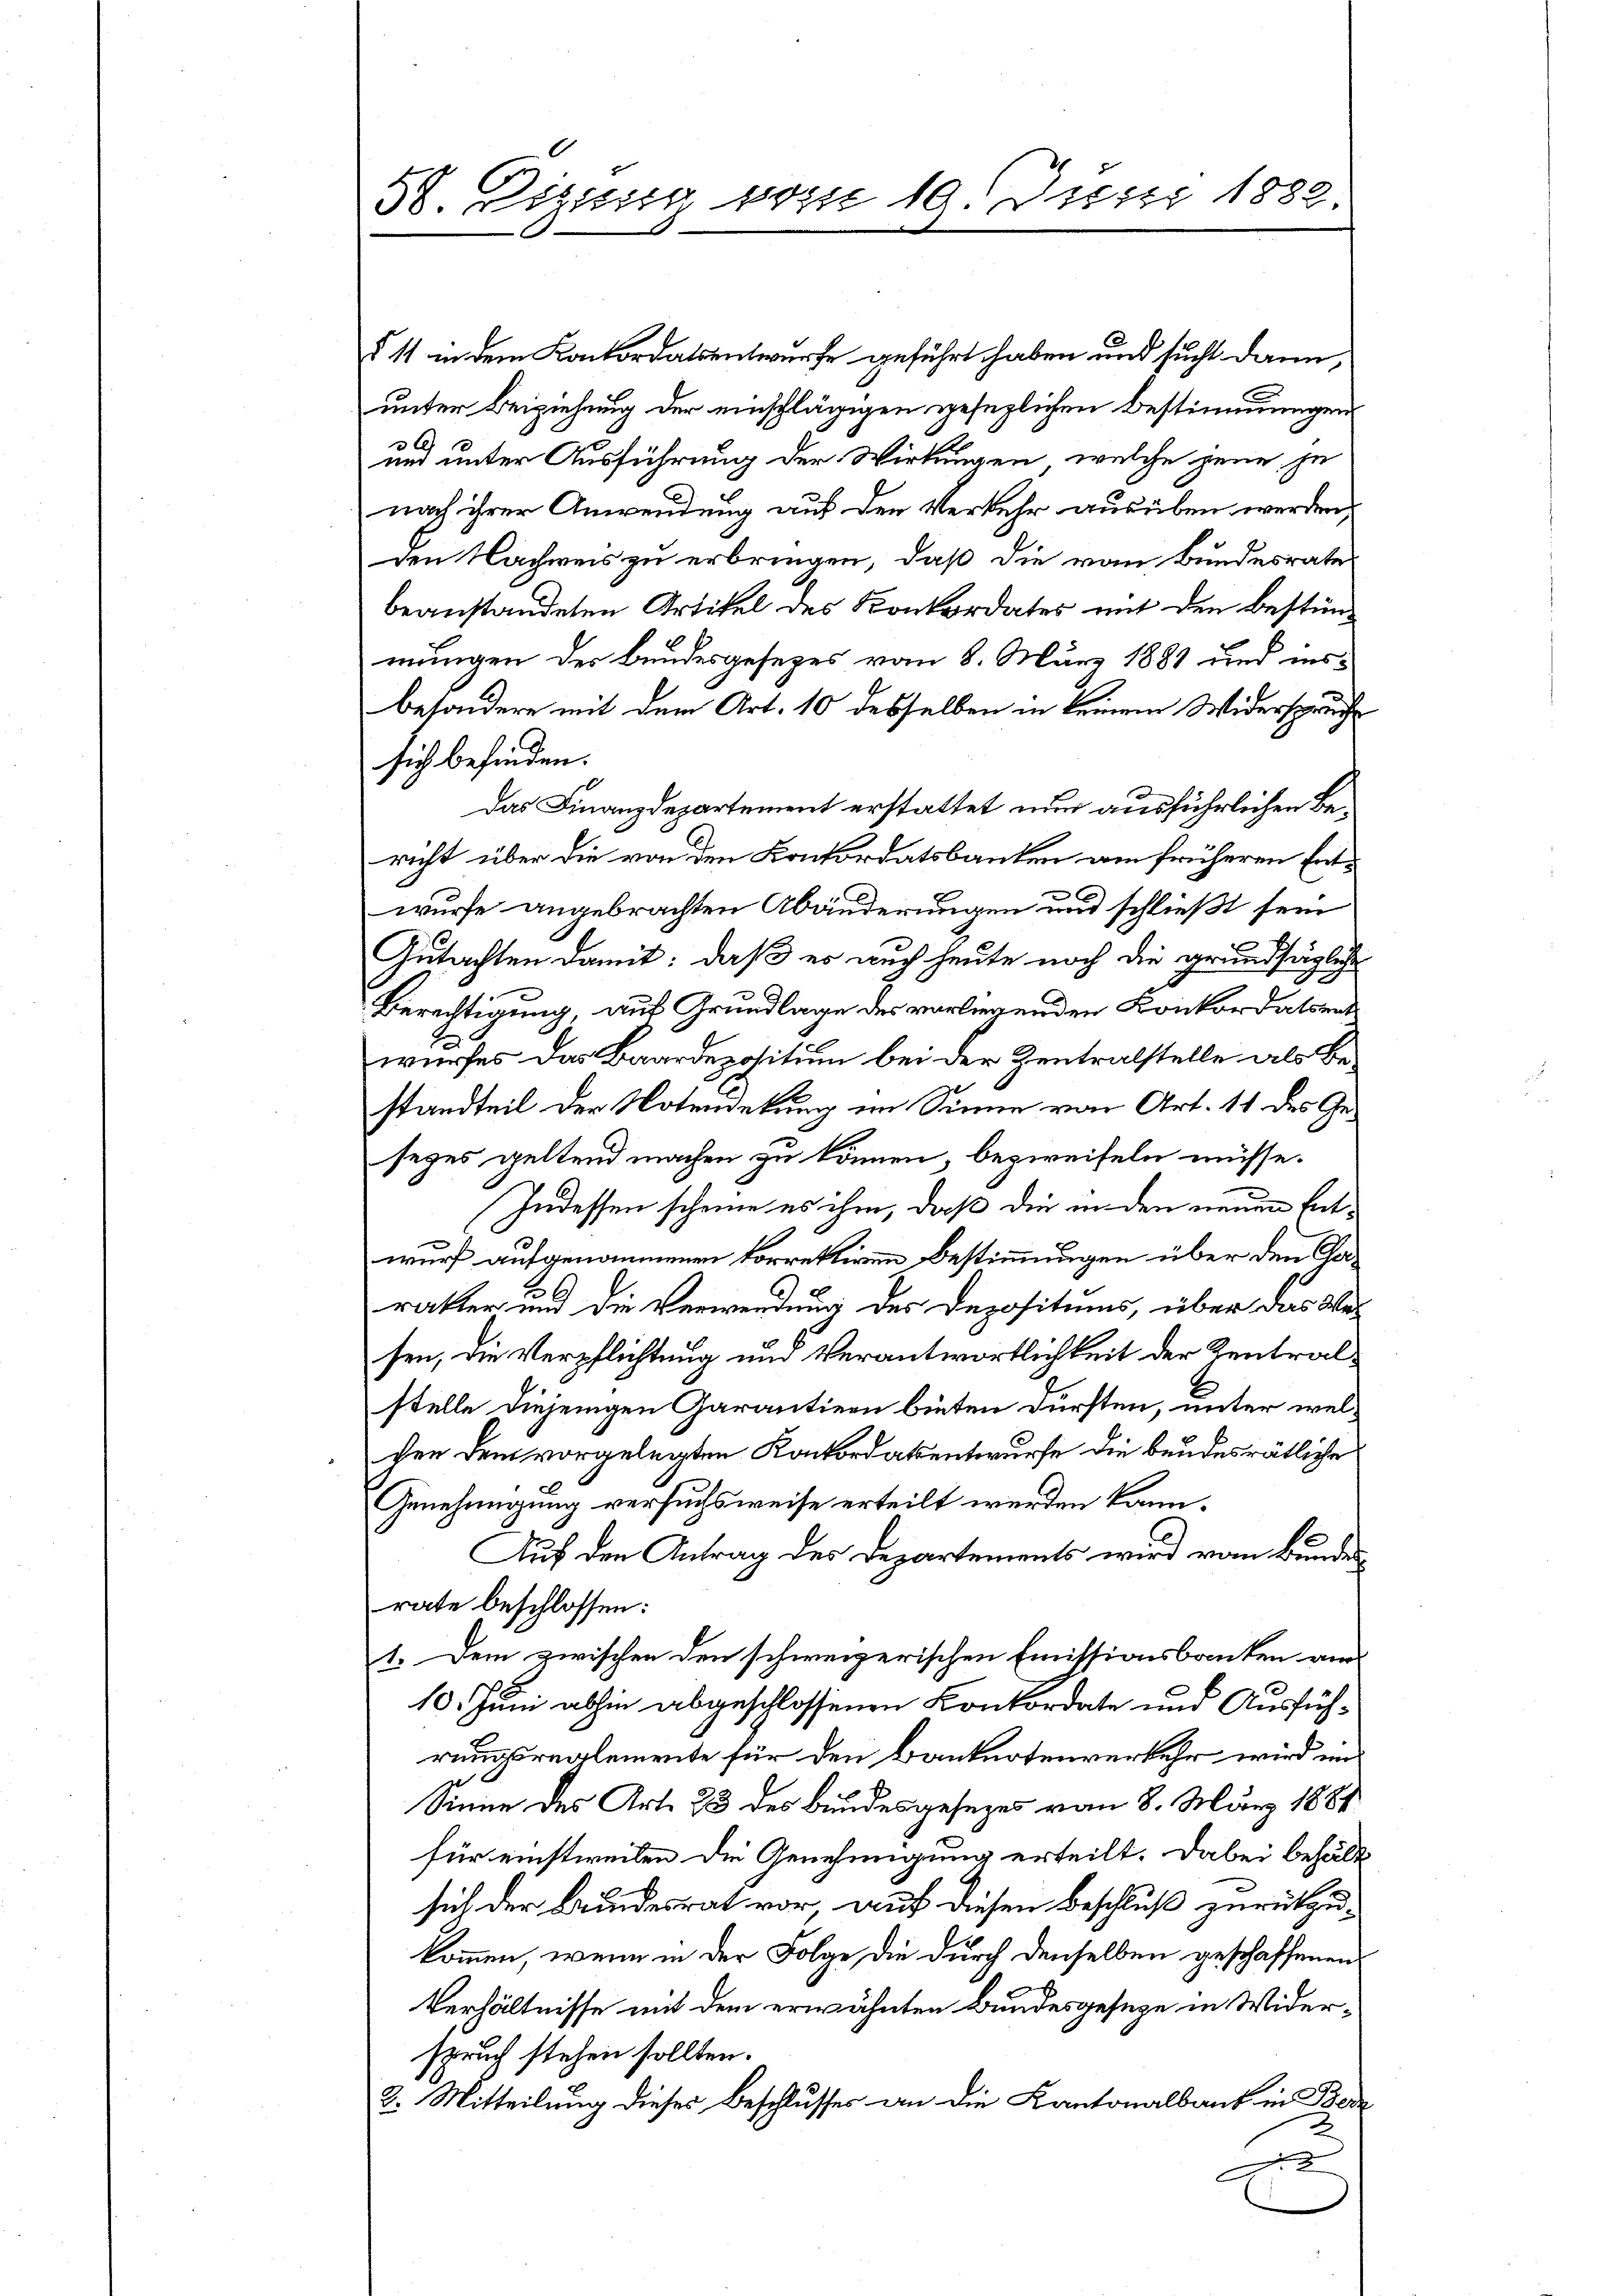
58. Vizung vom 10. Juni 1882

§ 11 in dem Konkordatsentwurfe geführt haben und sucht dann,
unter Beiziehung der einschlägigen gesezlichen Bestimmungen
E
und unter Ausführung der Wirkungen, welche jene je
nach ihrer Anwendung auf den Verkehr ausüben werden,
den Nachweis zu erbringen, daß die von Bundesrate
beanstandeten Artikel des Konkordates mit den Bestimmungen des Bundesgesezes vom 8. März 1881 und insbesondere mit dem Art. 10 desselben in keinem Widerspruche
sich befinden.
Das Finanzdepartement erstattet nun ausführlichen Bericht über die von den Konkordatsbanken am früheren Entx
wurfe angebrachten Abänderungen und schließt sein
Gutachten damit: daß er auch heute noch die grundsägliche
Berechtigung auf Grundlage des vorliegenden Konkordatsent
wurfes das Baardepositum bei der Zentralstelle als Bestandteil der Notendekung im Sinne von Art. 11 des Gesezes geltend machen zu können, bezweifeln müsse.
Indessen scheine es ihm, daß die inden neuen Entwurf aufgenommenen korrektiven Bestimmungen über den Carakter und die Verwendung des Depositums, über das Besen, die Verpflichtung und Verantwortlichkeit der Zentralstelle diejenigen Garantiern bieten dürften, unter welchen dem vorgelegten Konkordatsentwurfe die bendesrätliche
Genehmigung versuchsweise erteilt werden kann.
Auf den Antrag des Departements wird vom Bundesrate beschlossen:
1. Dem zwischen den schweizerischen Emissionsbanken am
10. Juni abhin abgeschlossenen Konkordate und Ausführungsreglemente für den Banknotenverkehr wird im
Sinne des Art. 23 des Bundesgesezes vom 8. März 1889
für einstweilen die Genehmigung erteilt. Dabei behält
sich der Bundesrat vor, auf diesen Beschluß zurückzukommen, wenn in der Folge, die durch denselben geschaffenen
Verhältnisse mit dem erwähnten Bundesgeseze in Widerspruch stehen sollten.
3. Mitteilung dieses Beschlusses an die Kantonalbaut in Bere
F